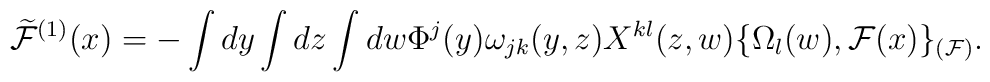
\widetilde{\cal F}^{(1)}(x) =  - \int dy \int dz \int dw \Phi^{j}(y) \omega_{jk} (y,z) X^{kl}(z,w) \{ \Omega_{l}(w), {\cal F}(x) \}_{({\cal F})}.